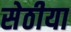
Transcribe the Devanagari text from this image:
सेठीया